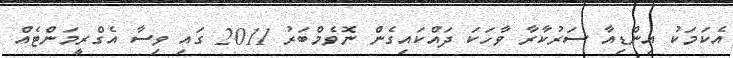
އެކަމަކު އިންޑިއާ ސަރުކާރާ ވާހަކަ ދައްކައިގެން ނޮވެމްބަރު 2011 ގައި ވިސާ އެގްރީމަންޓެއް